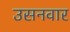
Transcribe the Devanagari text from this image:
उसनवार